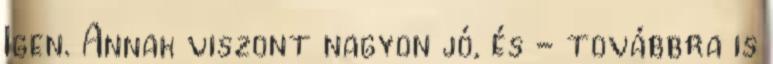
Igen. Annak viszont nagyon jó, és - továbbra is